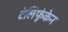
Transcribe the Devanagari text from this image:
टेलिफूंकेन